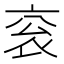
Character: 衮